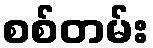
စစ်တမ်း